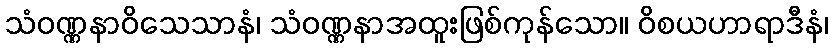
သံဝဏ္ဏနာဝိသေသာနံ၊ သံဝဏ္ဏနာအထူးဖြစ်ကုန်သော။ ဝိစယဟာရာဒီနံ၊